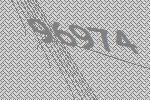
96974